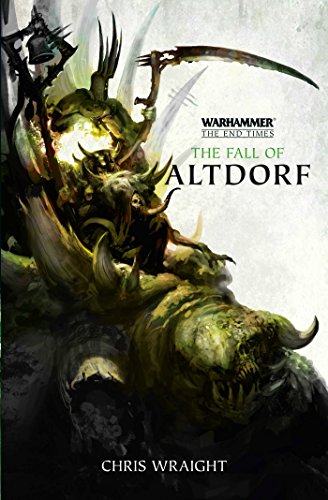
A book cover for The Fall of Altdorf (The End Times); Chris Wraight; Science Fiction & Fantasy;